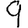
Digit: 9